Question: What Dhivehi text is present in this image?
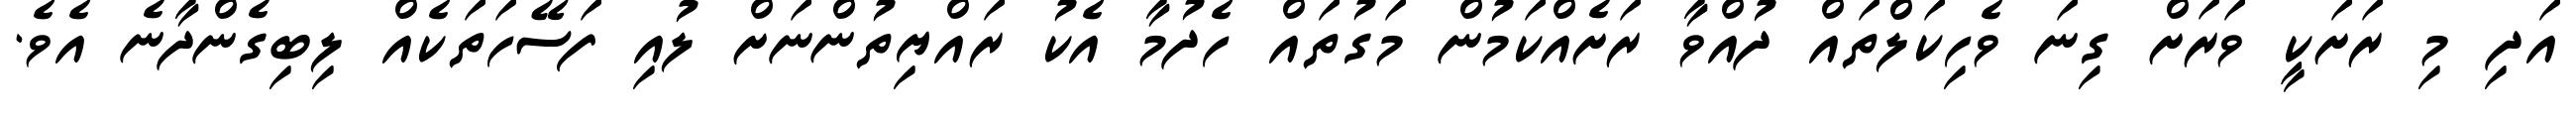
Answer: އަދި މި ރަށަކީ ވަރަށް ގިނަ ވެހިކަލްތައް ދުއްވާ ރަށެއްކަމުން މަގުތައް ހެދުމާ އެކު ރައްޔިތުންނަށް ލުއި ފަސޭހަތަކެއް ލިބިގެންދާނެ އެވެ.